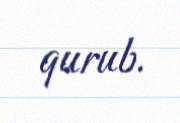
qurub.